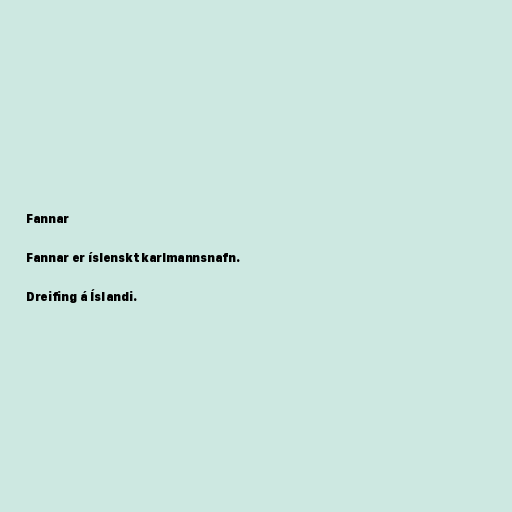
Fannar

Fannar er íslenskt karlmannsnafn.

Dreifing á Íslandi.